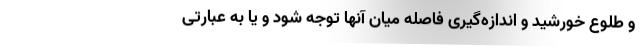
و طلوع خورشید و اندازه‌گیری فاصله میان آنها توجه شود و یا به عبارتی